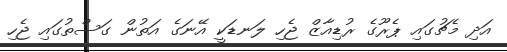
އަދި މެޗުގައި ޕެރޫގެ ރުޑިއާޒް ޖެހި ލަނޑަކީ އޭނަގެ އަތުން ގަސްތުގައި ޖެހި